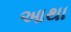
આથા